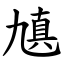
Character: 㐤